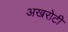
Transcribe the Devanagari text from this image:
अखरोटी